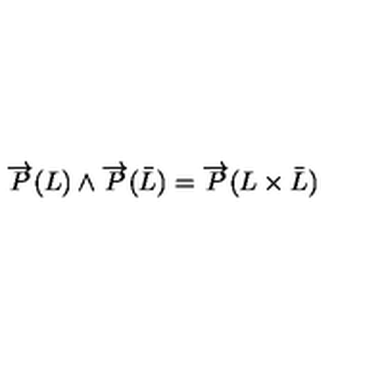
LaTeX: \overrightarrow { P } ( L ) \wedge \overrightarrow { P } ( \bar { L } ) = \overrightarrow { P } ( L \times \bar { L } )